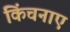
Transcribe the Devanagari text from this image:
किंचनाए